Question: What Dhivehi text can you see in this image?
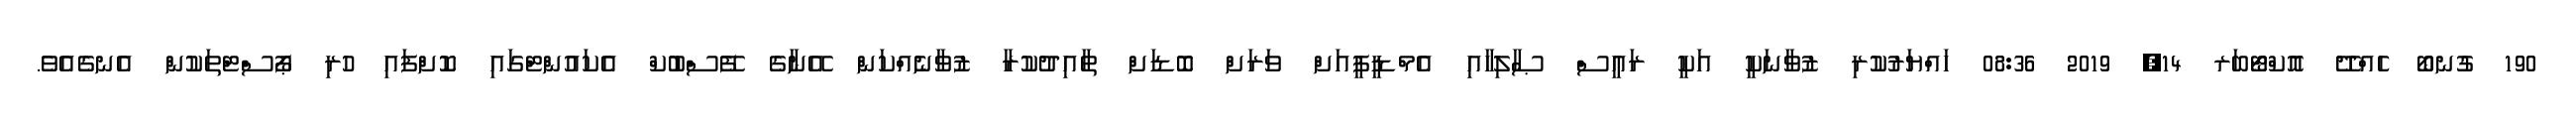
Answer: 190 ގުނބޯ ހެއްދޭ އޮކްޓޯބަރ 14, 2019 08:36 ހައްޔަރުކުރި ޒުވާނަކީ އަކީ ރައީސް ޞާލިހާއި އެމްޑީޕީއަށް ވަރަށް ބޮޑަށް ތާއިދުކުރާ ޒުވާނެއްކަން އޭނާގެ ފޭސްބުކް އެކައުންޓްގައި ކޮށްފައި ހުރި ޕޯސްޓްތަކުން އެނގެއެވެ.